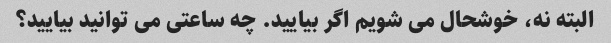
البته نه، خوشحال می شویم اگر بیایید. چه ساعتی می توانید بیایید؟